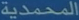
المحمدية